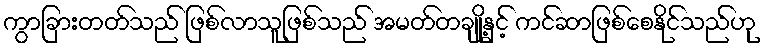
ကွာခြားတတ်သည် ဖြစ်လာသူဖြစ်သည် အမတ်တချို့နှင့် ကင်ဆာဖြစ်စေနိုင်သည်ဟု